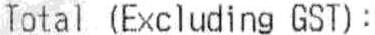
TOTAL (EXCLUDING GST):